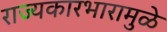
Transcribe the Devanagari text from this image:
राज्यकारभारामुळे